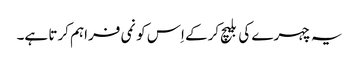
یہ چہرے کی بلیچ کرکے اِس کو نمی فراہم کرتا ہے۔